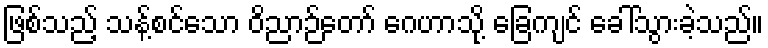
ဖြစ်သည့် သန့်စင်သော ဝိညာဉ်တော် ဂေဟာသို့ ခြေကျင် ခေါ်သွားခဲ့သည်။